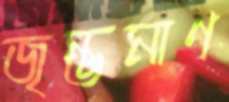
জৃম্ভমাণ